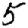
Digit: 5